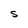
Character: S